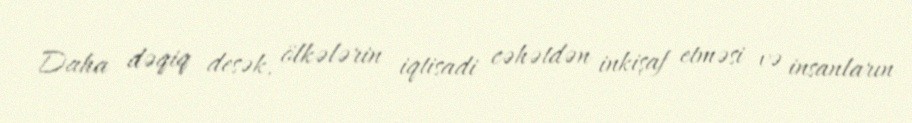
Daha dəqiq desək, ölkələrin iqtisadi cəhətdən inkişaf etməsi və insanların